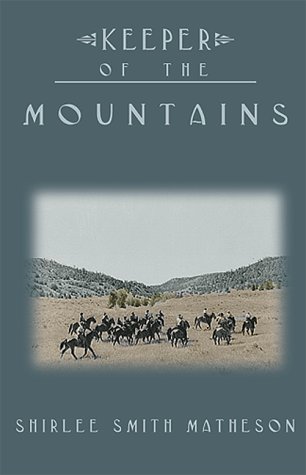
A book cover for Keeper of the Mountains; Shirlee Smith Matheson; Teen & Young Adult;